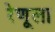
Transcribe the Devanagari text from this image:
रेणूला